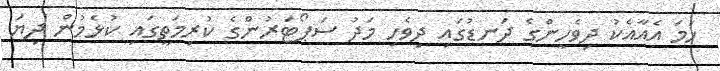
ހަމަ އެއާއެކު ދިވެހީންގެ ދަނޑުގައި ދިވެހި މަދު ސަޕޯޓަރުންގެ ކުރިމަތީގައި ކުޅެމުން ދިޔަ